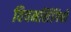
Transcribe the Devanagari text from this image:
विषमलिंगियों